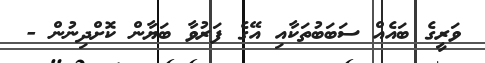
ވަރީގެ ބައެއް ސަބަބުތަކާއި އޭގެ ފަރުވާ ބަޔާން ކޮށްދިނުން -